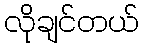
လိုချင်တယ်